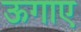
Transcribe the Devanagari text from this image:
ऊगाए